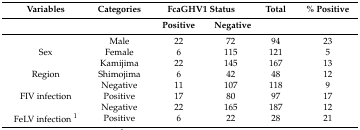
| Variables | Categories | <COLSPAN=2> FcaGHV1 Status | Total | % Positive |
 |  |  | Positive | Negative |  |  |
 | --- | --- | --- | --- | --- | --- |
 |  | Male | 22 | 72 | 94 | 23 |
 | Sex | Female | 6 | 115 | 121 | 5 |
 |  | Kamijima | 22 | 145 | 167 | 13 |
 | Region | Shimojima | 6 | 42 | 48 | 12 |
 |  | Negative | 11 | 107 | 118 | 9 |
 | FIV infection | Positive | 17 | 80 | 97 | 17 |
 |  | Negative | 22 | 165 | 187 | 12 |
 | FeLV infection 1 | Positive | 6 | 22 | 28 | 21 |